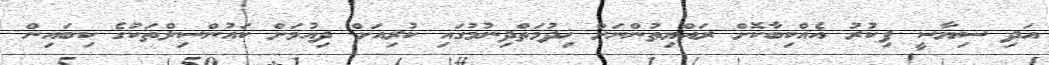
އަދި ސިޔާސީ ފިކުރު އެއްކިބާކޮށް ރައްޔިތުންނަށް ޚިދުމަތްދިނުމުގައި ކުރިއަށް ދިއުމަށް ކައުންސިލްތަކުގެ ކިިބައިން